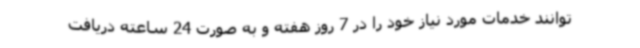
توانند خدمات مورد نیاز خود را در 7 روز هفته و به صورت 24 ساعته دریافت